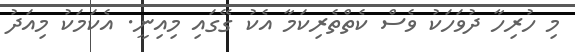
މި ހުރިހާ ދުވަހަކު ވެސް ކެތްތެރިކަމާ އެކު ގޭގައި މިއިނީ. އެކަމަކު މިއަދު